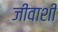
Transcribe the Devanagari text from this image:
जीवाशी